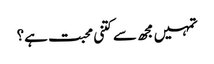
تمہیں مجھ سے کتنی محبت ہے؟